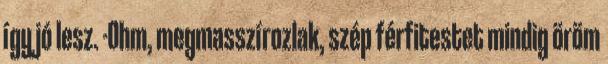
így jó lesz. -Ohm, megmasszírozlak, szép férfitestet mindig öröm